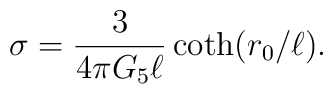
\sigma={3\over 4\pi G_5\ell}\coth(r_0/\ell).